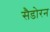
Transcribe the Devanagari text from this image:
सैडोरन